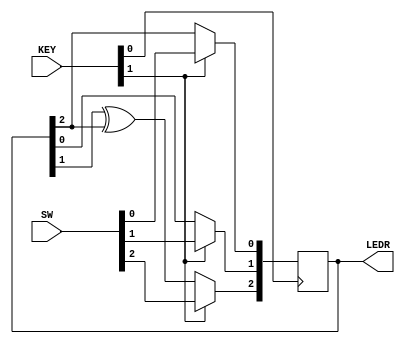
module top_module (
	input [2:0] SW,      // R
	input [1:0] KEY,     // L and clk
	output [2:0] LEDR);  // Q
wire w1,w2,w3,w4;
    assign w1 = (KEY[1])?SW[0]:LEDR[2];
    assign w2 = (KEY[1])?SW[1]:LEDR[0];
    assign w3 = LEDR[1]^LEDR[2];
    assign w4 = (KEY[1])?SW[2]:w3;
    always @(posedge KEY[0]) begin
        LEDR <= {w4,w2,w1};
    end
endmodule